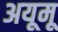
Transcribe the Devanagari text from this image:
अयूमू